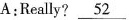
A:Really? \underline{52}